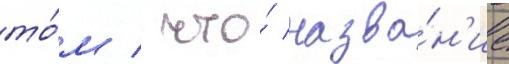
то́м / что́ назва́н'ие